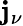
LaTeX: \mathbf{j}_{\nu}